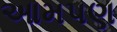
આમપણ